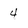
Character: 4